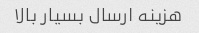
هزینه ارسال بسیار بالا